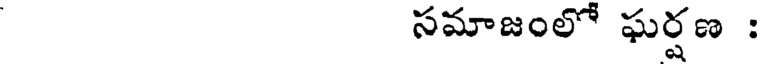
సమాజంలో ఘర్షణ :